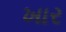
ખાર